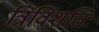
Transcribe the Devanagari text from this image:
त्रिंविंशतिः